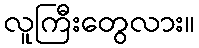
လူကြီးတွေလား။